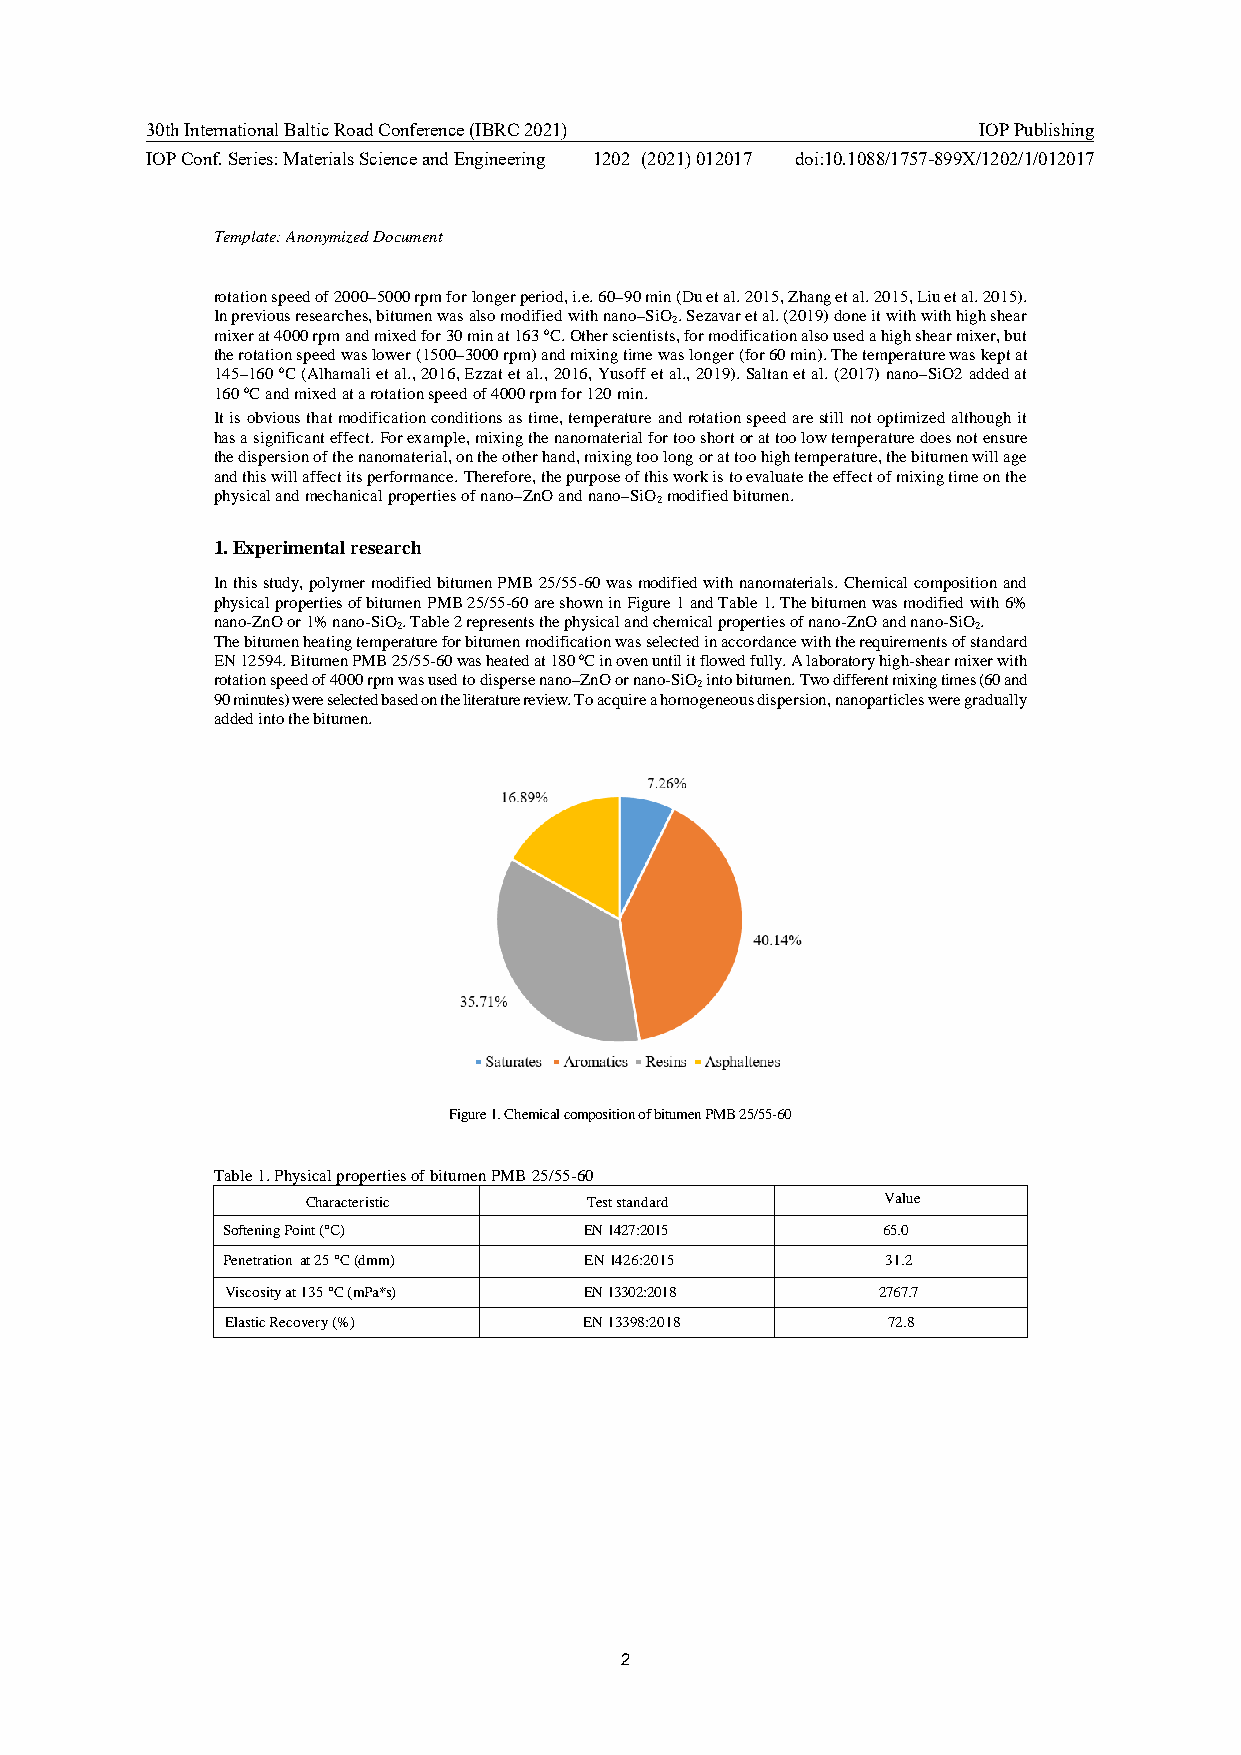
30th International Baltic Road Conference (IBRC 2021)  IOP Publishing
 IOP Conf. Series: Materials Science and Engineering 1202 (2021) 012017 doi:10.1088/1757-899X/1202/1/012017
 Template: Anonymized Document
 rotation speed of 2000–5000 rpm for longer period, i.e. 60–90 min (Du et al. 2015, Zhang et al. 2015, Liu et al. 2015).
 In previous researches, bitumen was also modified with nano–SiO2. Sezavar et al. (2019) done it with with high shear
 mixer at 4000 rpm and mixed for 30 min at 163 ⁰C. Other scientists, for modification also used a high shear mixer, but
 the rotation speed was lower (1500–3000 rpm) and mixing time was longer (for 60 min). The temperature was kept at
 145–160 ⁰C (Alhamali et al., 2016, Ezzat et al., 2016, Yusoff et al., 2019). Saltan et al. (2017) nano–SiO2 added at
 160 ⁰C and mixed at a rotation speed of 4000 rpm for 120 min.
 It is obvious that modification conditions as time, temperature and rotation speed are still not optimized although it
 has a significant effect. For example, mixing the nanomaterial for too short or at too low temperature does not ensure
 the dispersion of the nanomaterial, on the other hand, mixing too long or at too high temperature, the bitumen will age
 and this will affect its performance. Therefore, the purpose of this work is to evaluate the effect of mixing time on the
 physical and mechanical properties of nano–ZnO and nano–SiO2 modified bitumen.
 1. Experimental research
 In this study, polymer modified bitumen PMB 25/55-60 was modified with nanomaterials. Chemical composition and
 physical properties of bitumen PMB 25/55-60 are shown in Figure 1 and Table 1. The bitumen was modified with 6%
 nano-ZnO or 1% nano-SiO2. Table 2 represents the physical and chemical properties of nano-ZnO and nano-SiO2.
 The bitumen heating temperature for bitumen modification was selected in accordance with the requirements of standard
 EN 12594. Bitumen PMB 25/55-60 was heated at 180 ⁰C in oven until it flowed fully. A laboratory high-shear mixer with
 rotation speed of 4000 rpm was used to disperse nano–ZnO or nano-SiO2 into bitumen. Two different mixing times (60 and
 90 minutes) were selected based on the literature review. To acquire a homogeneous dispersion, nanoparticles were gradually
 added into the bitumen.
 Figure 1. Chemical composition of bitumen PMB 25/55-60
 Table 1. Physical properties of bitumen PMB 25/55-60
 Characteristic     Test standard      Value
 Softening Point (°C)    EN 1427:2015       65.0
 Penetration at 25 °C (dmm) EN 1426:2015     31.2
 Viscosity at 135 °C (mPa*s) EN 13302:2018  2767.7
 Elastic Recovery (%)    EN 13398:2018       72.8
 2